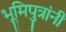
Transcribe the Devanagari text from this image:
भूमिपुत्रांनी